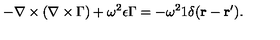
- \mathrm { \boldmath { \nabla \times ( \nabla \times \Gamma } } ) + \omega ^ { 2 } \epsilon \mathrm { \boldmath { \Gamma } } = - \omega ^ { 2 } \mathrm { \boldmath { 1 } } \delta ( { \bf r - r ^ { \prime } } ) .